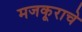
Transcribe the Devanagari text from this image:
मजकूराचे